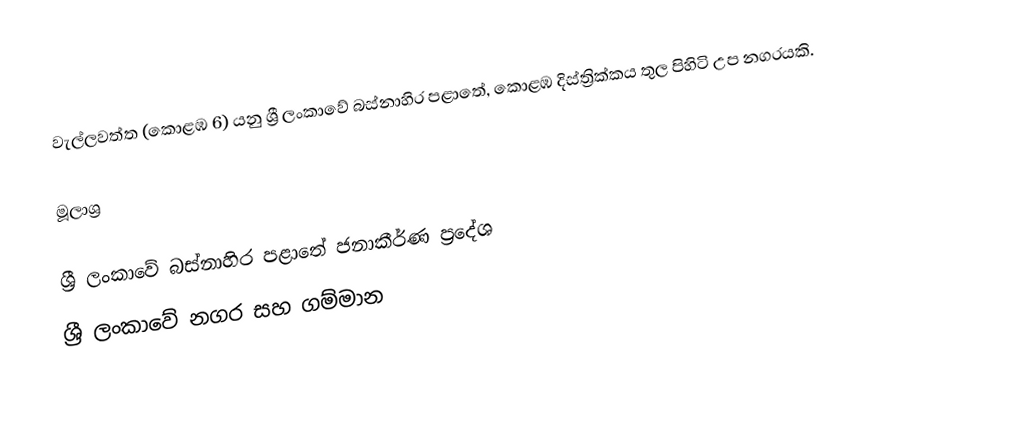
වැල්ලවත්ත (කොළඹ 6) යනු ශ්‍රී ලංකාවේ බස්නාහිර පළාතේ, කොළඹ දිස්ත්‍රික්කය තුල පිහිටි උප නගරයකි.

මූලාශ්‍ර

ශ්‍රී ලංකාවේ බස්නාහිර පළාතේ ජනාකීර්ණ ප්‍රදේශ
ශ්‍රී ලංකාවේ නගර සහ ගම්මාන